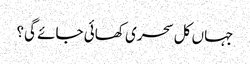
جہاں کل سحری کھائی جائے گی؟